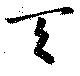
天